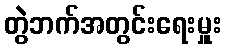
တွဲဘက်အတွင်းရေးမှူး